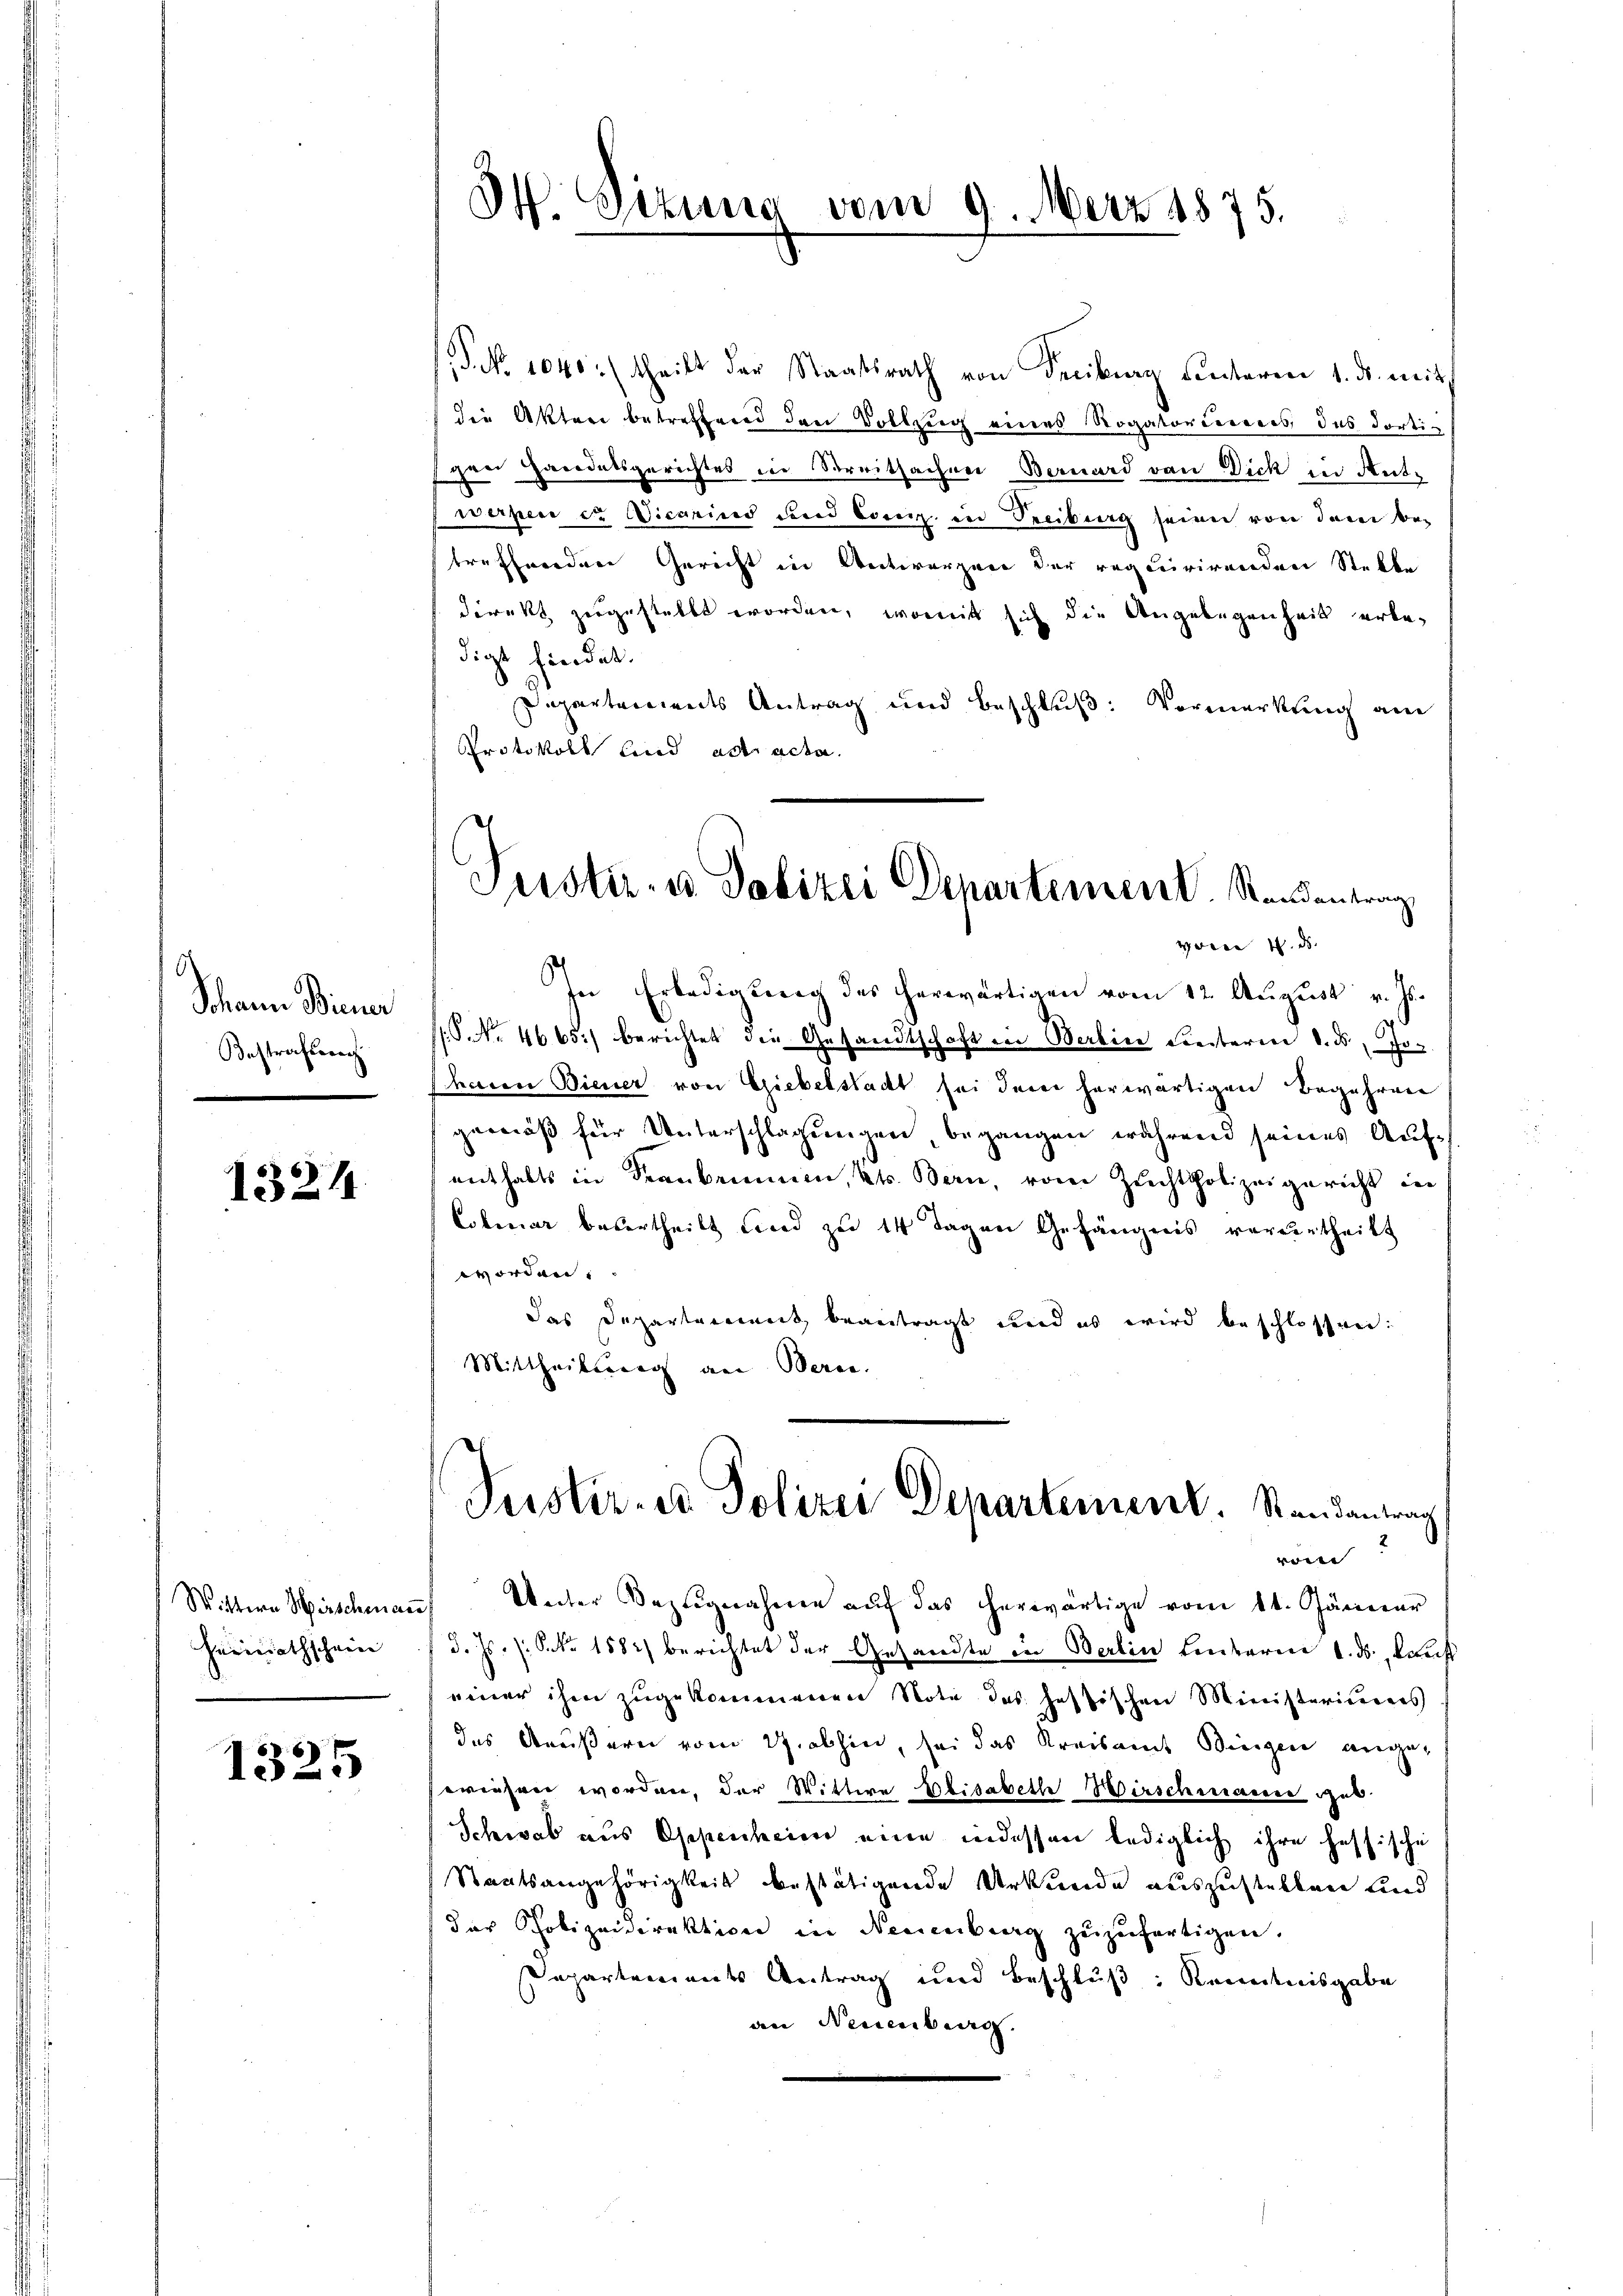
¬
Schann Biener
Kastrafsch

1324

Herinathschein |

1325

.P. No 1040. (theilt der Staatsrath von Seciburg hinteren 1. ds. mit
die Akten betreffend den Vollzug eines Rogatorierenes des dorti-
gen Handelsgerichtes in Streitsachen Bernard von Dick in Ant-
werpen der Vicarind und Cong. in Treiberg seien von dem be-
treffenden Gericht in Antworgen der requirirenden Stelle
direkt zugestellt worden, womit sich die Angelegenheit erbedigt findet.
Departements Antrag und Beschluß: Vormerkung am
Protokoll sind ad acta.

Dr. Sizung vom 9. März 1875.

Justiz- u. Polizei Departement. Randantrag

Horne 4. ds.
In Erledigung des herwärtigen vom 12. August v. Js.
P.P. Nr. 4665) berichtet die Gesandtschaft in Berlin Liesterien d. d. Jo-
hain Biener von Giebelstadt sei dem herwärtigen Begehren
gemäß für Unterschlagungen, begangen während seines Aufenthalts in Frankammen, Kt. Bern, vom Zuchtpolizeigericht in
Cobruar besertheilt und zu 14 Tagen Gefängnis verurtheilt
worden,
das Departement beantragt und es wird beschlossen:
Mittheilstrag an Beren.
Puster- u Polizei Departement. Randantrag
von
Wittern Hirschmaṅ Unter Bezŭgnahme aŭf das herwärtige vom 11. Jänner
d. Js. (: Skr 1882 berichtet der Gesandte in Berlin hinterm 1. ds., Kauf
einer ihm zugekommenen Note des heftischen Ministerierers
das Aeußern vom 17. abhin, sei das Kreisamt Bingen angewiesen worden, der Wittwe Elisabethe Wirschienacere geb.
Schwab aus Oppenheim eine indessen lediglich ihre hessische
Staatsangehörigkeit bestätigende Urkunde auszustellen und
der Polizeidirektion in Neuenburg zŭzŭfertigen.
Departements Antrag und Beschluß: Kenntnisgabe
an Neuenburg.